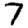
Digit: 7